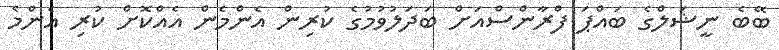
ބޭބެ ނީޝަލްގެ ބައްޕަ ފްރާންސްއަށް ބަދަލުވުމުގެ ކުރިން އެންމެން އެއްކޮށް ކުރި އެންމެ